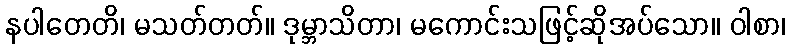
နပါတေတိ၊ မသတ်တတ်။ ဒုမ္ဘာသိတာ၊ မကောင်းသဖြင့်ဆိုအပ်သော။ ဝါစာ၊